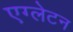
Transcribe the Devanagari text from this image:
एग्लेटन